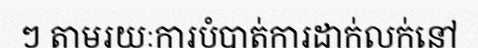
ៗ តាមរយៈការបំបាត់ការដាក់លក់នៅ